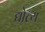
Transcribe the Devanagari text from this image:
द्योत्य